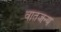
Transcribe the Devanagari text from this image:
वातजन्य